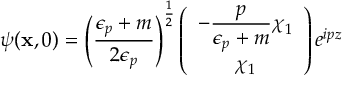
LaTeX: \psi ( { \bf x } , 0 ) = \left( \frac { \epsilon _ { p } + m } { 2 \epsilon _ { p } } \right) ^ { \frac { 1 } { 2 } } \left( \begin{array} { c } { { { \displaystyle - \frac { p } { \epsilon _ { p } + m } } \chi _ { 1 } } } \\ { { \chi _ { 1 } } } \end{array} \right) e ^ { i p z }